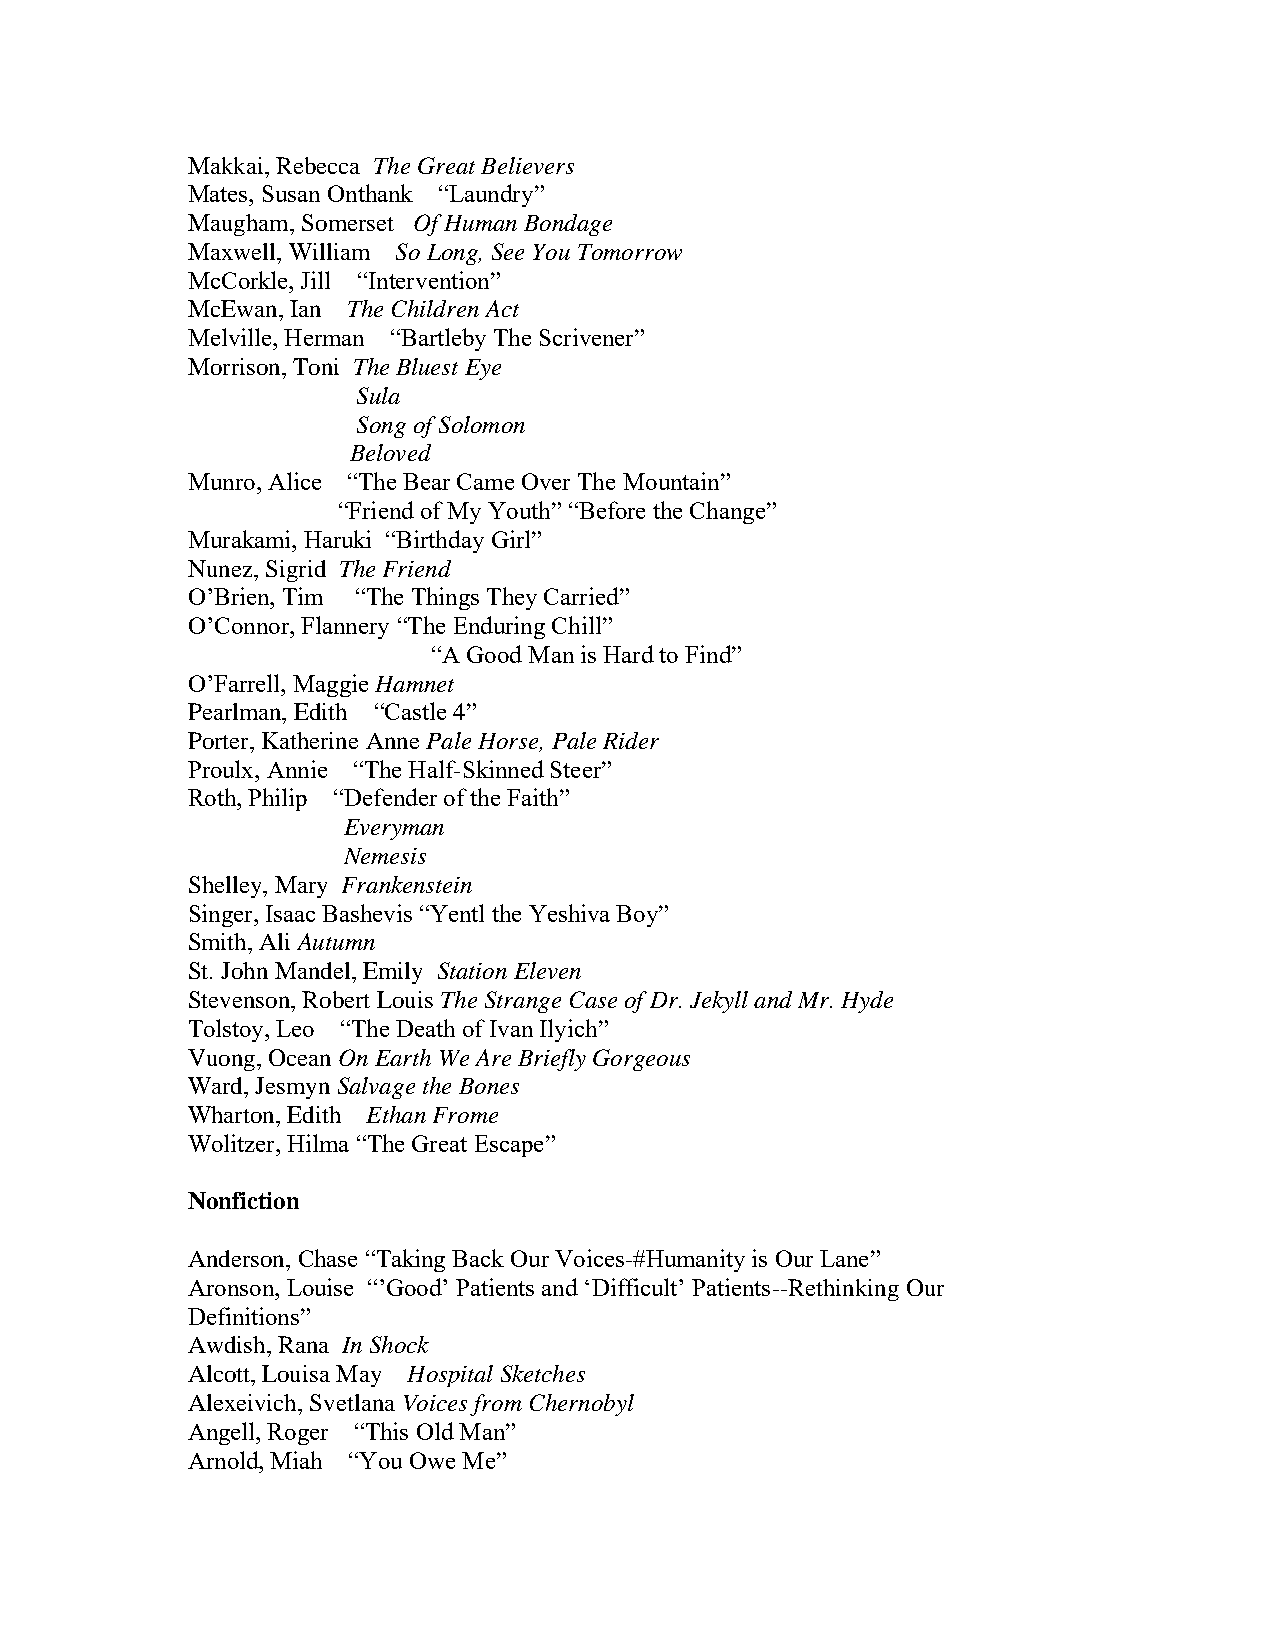
Makkai, Rebecca The Great Believers
 Mates, Susan Onthank “Laundry”
 Maugham, Somerset Of Human Bondage
 Maxwell, William So Long, See You Tomorrow
 McCorkle, Jill “Intervention”
 McEwan, Ian The Children Act
 Melville, Herman “Bartleby The Scrivener”
 Morrison, Toni The Bluest Eye
 Sula
 Song of Solomon
 Beloved
 Munro, Alice “The Bear Came Over The Mountain”
 “Friend of My Youth” “Before the Change”
 Murakami, Haruki “Birthday Girl”
 Nunez, Sigrid The Friend
 O’Brien, Tim “The Things They Carried”
 O’Connor, Flannery “The Enduring Chill”
 “A Good Man is Hard to Find”
 O’Farrell, Maggie Hamnet
 Pearlman, Edith “Castle 4”
 Porter, Katherine Anne Pale Horse, Pale Rider
 Proulx, Annie “The Half-Skinned Steer”
 Roth, Philip “Defender of the Faith”
 Everyman
 Nemesis
 Shelley, Mary Frankenstein
 Singer, Isaac Bashevis “Yentl the Yeshiva Boy”
 Smith, Ali Autumn
 St. John Mandel, Emily Station Eleven
 Stevenson, Robert Louis The Strange Case of Dr. Jekyll and Mr. Hyde
 Tolstoy, Leo “The Death of Ivan Ilyich”
 Vuong, Ocean On Earth We Are Briefly Gorgeous
 Ward, Jesmyn Salvage the Bones
 Wharton, Edith Ethan Frome
 Wolitzer, Hilma “The Great Escape”
 Nonfiction
 Anderson, Chase “Taking Back Our Voices-#Humanity is Our Lane”
 Aronson, Louise “’Good’ Patients and ‘Difficult’ Patients--Rethinking Our
 Definitions”
 Awdish, Rana In Shock
 Alcott, Louisa May Hospital Sketches
 Alexeivich, Svetlana Voices from Chernobyl
 Angell, Roger “This Old Man”
 Arnold, Miah “You Owe Me”